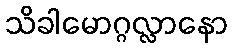
သိခါမောဂ္ဂလ္လာနော